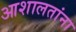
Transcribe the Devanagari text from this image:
आशालतांना